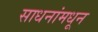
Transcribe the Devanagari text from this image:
साधनांमधून